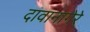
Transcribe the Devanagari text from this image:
दावानागेरे